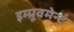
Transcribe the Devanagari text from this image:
इम्प्रूवमेन्ट